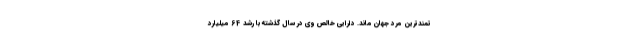
تمندترین مرد جهان ماند. دارایی خالص وی در سال گذشته با رشد 64 میلیارد